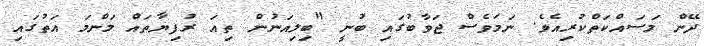
ދޭން މަސައްކަތްކުރިއެވެ. ނަމަވެސް ޖަވާބުގައި ބުނީ "ބިލިއަނުން ތިއަ ރުފިޔާތައް މަންމަ އަތުގައި